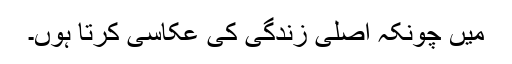
میں چونکہ اصلی زندگی کی عکاسی کرتا ہوں۔